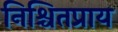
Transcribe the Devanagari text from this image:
निश्चितप्राय